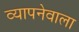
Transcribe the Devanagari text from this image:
व्यापनेवाला